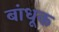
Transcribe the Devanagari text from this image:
बांधूक